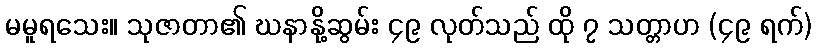
မမူရသေး။ သုဇာတာ၏ ဃနာနို့ဆွမ်း ၄၉ လုတ်သည် ထို ၇ သတ္တာဟ (၄၉ ရက်)